Vital statistics of India. Vol. VI, European troops 1870-79
Year: 1870
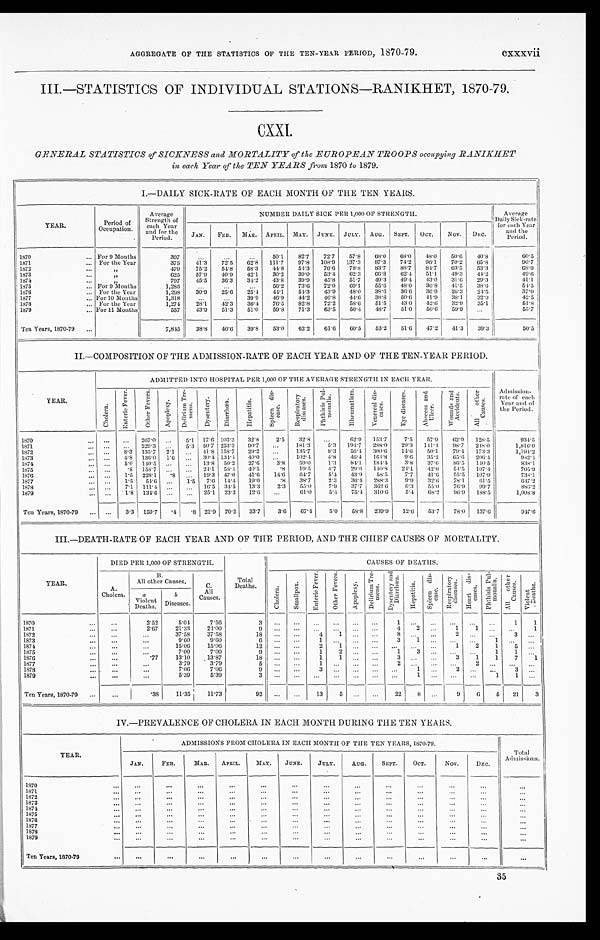
AGGREGATE OF THE STATISTICS OF THE TEN-YEAR PERIOD, 1870-79.
cxxxvii
III.—STATISTICS OF INDIVIDUAL STATIONS—RANIKHET, 1870-79.
CXXI.
GENERAL STATISTICS of SICKNESS and MORTALITY of the EUROPEAN TROOPS occupying RAN
IKHET in each Year of the TEN YEARS from 1870 to 1879.
I.—DAILY SICK-RATE OF EACH MONTH OF THE TEN YEARS.
YEAR.
Peri od of
Occupation.
Average
Strength of
each Year
and for the
Peri od.
NUMBER DAI LY SI CK PER 1, 000 OF STRENGTH.
Average
Dai l y Si ck- r at e
for each Year
and the
Period.
JAN. FEB. MAR. APRIL. MAY. JUNE. JULY. AUG. SEPT. OCT. NOV. DEC.
1870
For 9 Months
397
50.1 82.7 72.7 57.8
6 8 . 0
6 8 . 0 48.0 50.6 40.8
6 0 . 5
1871
For the Year
375 41. 3 72.5 62.8 111.7 97.8 108.9 137.3 87.3 74.2 96.1 70.2 65.8
9 0 . 7
1872
„
479 75.2 54.8 58.3 44.8 54.3 76.6 78.8 83.7 88.7 84.7
6 3 . 5 53.3
6 8 . 9
1873
„
625 57.9 40.9 42.1 30.2 39.0 53.4 62.3
6 6 . 8
6 2 . 4 51. 1 49.3 44.2
4 9 . 6
1874
„
797 45.5 36.3 34.2 43.8 39.9 45.8 51.7 49.3 49.4 43.0 31. 6 29.3
41. 1
1875
For 9 Months
1,285
56.2 73.6 72.0
6 9 . 1 55.6 48.0 36.8 41.5 38.6
5 4 . 5
1876
For the Year
1, 298 30.9 25.6 25.4 44.1 54.3 43.9 48.0 38.6 36.6 36.9 26.3 24.5
3 7 . 0
1877
For 10 Months
1,318
39.9 46.9 44.2 46.8 44.6 38.8 50.6 41.9 38.1 32.9
4 2 . 5
1878
For the Year
1,274 28.1 42.3 36.4 76.5 82.8 72.2 58.6 51.5
4 3 . 0 42.6 32.9 35.1
5 1 . 8
1879
For 11 Months
557 43.9 51.3 51.0 59. 8 71.3 63.5 50.4 48.7 51.0 50.6 59.9
5 5 . 7
Ten Years, 1870-79
7,845 38.8 40.6 39.8 53.0 62.2 61.6 60.5 53.2 51.6 47.2 41.3 39.3
5 0 . 5
II.—COMPOSITION OF THE ADMISSION-RATE OF EACH YEAR AND OF THE TEN-YEAR PERIOD.
YEAR.
ADMITTED INTO HOSPITAL PER 1,000 OF THE AVERAGE STRENGTH IN EACH YEAR.
Admission- rate of each
Year and of
the Peri od.
C h o l e r a .
E n t e r i c F e v e r . O t h e r F e v e r s .
Apopl exy.
D e l i r i u m T r e -
m e n s .
D y s e n t e r y . D i a r r h œ a .
H e p a t i t i s .
S p l e e n d i s -
e a s e s .
R e s p i r a t o r y d i s e a s e s .
P h t h i s i s P u l -
m o n a l i s .
R h e u m a t i s m . V e n e r e a l d i s e a s e s .
E y e d i s e a s e s . A b s c e s s a n d U l c e r .
W o u n d s a n d A c c i d e n t s .
A l l o t h e r C a u s e s .
1870
267.0
5.1 17.6 103.3 32.8 2.5 32.8
6 2 . 9 153.7 7.5 57.9 6 2 . 9 128.5
934.5
1871
229.3
5.3 50.7 253.3 90.7
181. 3 5.3 194.7 288.0 29.3 141.4 98. 7 248.0
1, 816. 0
1872
8.3 135.7 2.1
41. 8 158.7 29.2
135.7 8.3 56.4 300.6 14.6 50.1 79. 4 173.3
1, 194. 2
1873
4.8 136.0 1.6
30.4 134.4 40.0
102.4 4.8 46.4 164.8 9.6
3 5 . 2 65. 6 206.4
982.4
1874
5.0 140.5
13.8 50.2 27.6 3.8 59.0 1.3 84.1 184.4 3.8 37.6 86. 5 140.5
838. 1
1875
.8 158.7
24.1 58.4 40.5 .8 19.5 4.7 29.6 140.8 24.1
4 2 . 0 54. 5 107.4
705.9
1876
1.5 228.1 .8
19.3 4 7 . 0 41.6 14.6
6 4 . 7 5.4 43.9 58.5 7.7 41.6 55. 5 107.9
7 3 8 . 1
1877
1.5 54.6
1.5 7.6 14.4 19.0 .8 38.7 2.3 36.4 288.3
9 . 9 32.6 78. 1 61.5
647.2
1878
7.1 111.4
16.5 34.5 13.3 2.3 55.0 7.9 37.7 362.6 6.3 55.0 76. 9 99.7
886. 2
1 8 7 9
1.8 134. 6
25.1 23.3 12.6
61.0 5.4 75.4 310.6 5.4 68.2
9 6 . 9 188.5
1, 008. 8
Ten Years, 1870-79
3.3 159. 7 .4 .8 22.9 70.2 33.7 3.6
6 7 . 4 5.0 58.8 239.9 12.6 53.7 78. 0 137.6
947. 6
III.—DEATH-RATE OF EACH YEAR AND OF THE PERIOD, AND THE CHIEF CAUSES OF MORTALITY.
YEAR.
DIED PER 1,000 OF STRENGTH.
Total
Deaths.
CAUSES OF DEATHS.
A.
Chol era.
B
Al l other Causes. C.
All
Causes.
C h o l e r a .
S m a l l p o x . E n t e r i c F e v e r . O t h r e r F e v e r s .
A p o p l e x y .
D e l i r i u m T r e -
m e n s . D y s e n t e r y a n d
Di a r r h œa . H e p a t i t i s .
S p l e e n d i s -
e a s e . R e s p i r a t o r y d i s e a s e s . H e a r t d i s -
e a s e s .
P h t h i s i s P u l -
m o n a l i s . A l l o t h e r
C a u s e s .
V i o l e n t
D e a t h s .
a
Vi ol ent
Deaths.
b
D i s e a s e s .
1870
2.52 5.04 7.56
3
1
1 1
1871
2.67 21.33 24.00
9
4 2
1 1
1
1872
37.58 37.58
18
4 1
8
2
3
1873
9.60 9.60
6
1
3 1
1
1874
15.06 15.06
12
2 1
1 2 1 5
1875
7.00 7.00
9
1 2
1 3
1 1
1876
.77 13.10 13.87
18
1 1
3
3 1 1 7 1
1877
3.79 3.79
5
1
2
2
1878
7.06 7.06
9
3
1
2
3
1879
5.39
5 . 3 9
3
1
1 1
Ten Years, 1870-79
.38 11.351 1 . 7 3
92
13 5
22 8
9 6 5 21 3
IV.—PREVALENCE OF CHOLERA IN EACH MONTH DURING THE TEN YEARS.
YEAR.
ADMISSIONS FROM CHOLERA IN EACH MONTH OF THE TEN YEARS, 1870-79.
Total
Admi ssi ons.
JAN. F E B .
MAR. APRIL. MAY. JUNE. JULY. AUG. SEPT. OCT. N O V .
DEC.
1870 1871 1872
1873 1874 1875 1876
1 8 7 7
1878 1879
Ten Years, 1870-79
35